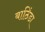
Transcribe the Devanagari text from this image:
बाठिंडा